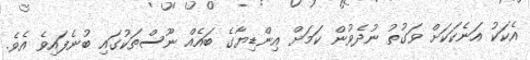
އެކަކު އަނެކަކަށް ވަގުތު ނުދެވުން ކަމަށް އިންޑިޔާގެ ބައެއް ނޫސްތަކުގައި ބުނެފައިވެ އެވެ.